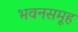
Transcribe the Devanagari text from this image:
भवनसमूह